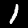
Label: 1